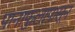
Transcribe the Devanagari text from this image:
पानाफुलांपासून